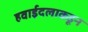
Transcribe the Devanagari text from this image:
हवाईदलाकडून